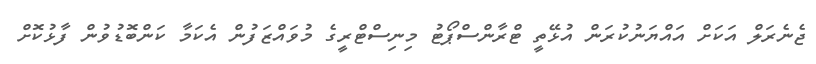
ޖެނެރަލް އަކަށް އައްޔަނުކުރަން އުޅޭތީ ޓްރާންސްޕޯޓު މިނިސްޓްރީގެ މުވައްޒަފުން އެކަމާ ކަންބޮޑުވުން ފާޅުކޮށް